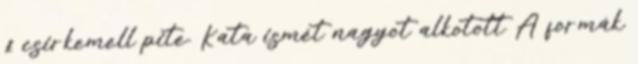
£ csirkemell pite. Kata ismét nagyot alkotott A formák